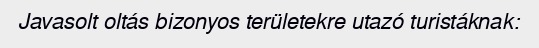
Javasolt oltás bizonyos területekre utazó turistáknak: